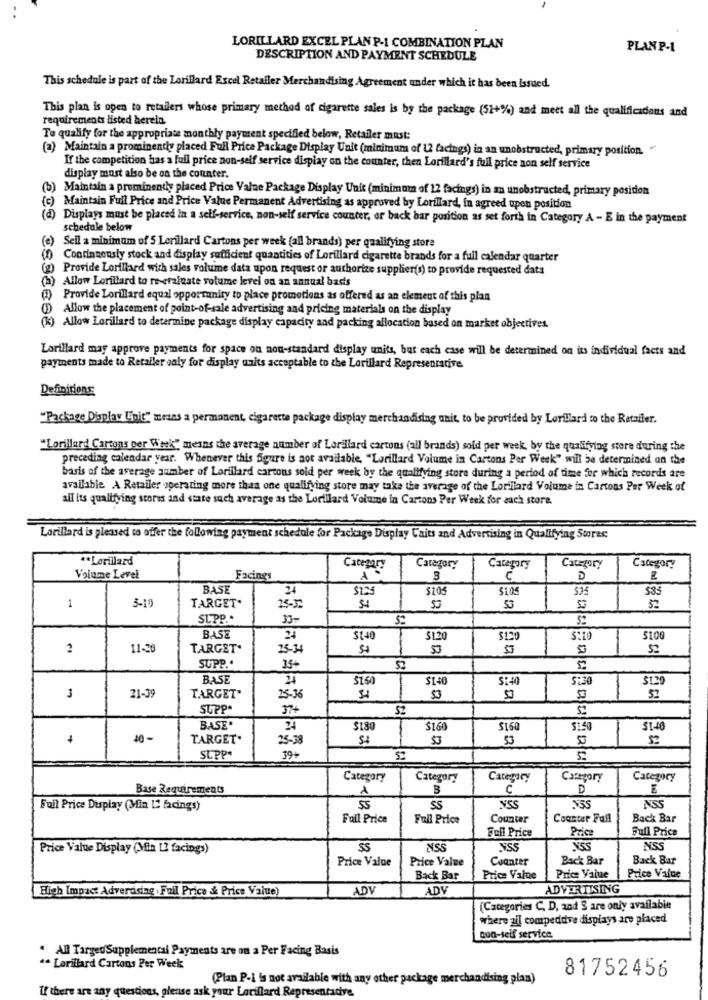
LORILLARD EXCEL PLAN P-1 COMBINATION PLAN
PLAN P-1
DESCRIPTION AND PAYMENT SCHEDULE
This schedule is part of the Lorillard Excel Retailer Merchandising Agreement under which it has been Issued.
This plan is open to retailers whose primary method of cigarette sales is by the package (51+%) and meet all the qualifications and
requirements listed herein.
To qualify for the appropriate monthly payment specified below, Retailer must:
(a) Maintain a prominently placed Full Price Package Display Unit (minimum of 12 facings) in an unobstructed, primary position. "
If the competition has a full price non-self service display on the counter, then Lorillard's full price non self service
display must also be on the counter.
(b) Maintain a prominenthy placed Price Valne Package Display Unit (minimum of 12 facings) in an unobstructed, primary position
(c) Maintain Full Price and Price Value Permanent Advertising as approved by Lorillard, in agreed upon position
(d) Displays must be placed in a self-service, non-self service counter, or back bar position as set forth in Category A - E in the payment
schedule below
(e) Seil a minimum of 5 Lorillard Cartons per week (all brands) per qualifying store
(f) Continuously stock and display sufficient quantities of Lorillard cigarette brands for a full calendar quarter
(g) Provide Lorillard with sales volume data upon request or authorize supplier(s) to provide requested data
(h) Allow Lorillard to re-eraluate volume level on an annual basis
Provide Lorillard equal opportunity to piace promotions as offered as an element of this plan
Allow the placement of point-of-sale advertising and pricing materials on the display
(k) Allow Lorillard to determine package display capacity and packing allocation based on market objectives.
Lorillard may approve payments for space ou non-standard display units, but each case will be determined on its individual facts and
payments made to Retailer only for display units acceptable to the Lorillard Representative
Definitions:
"Package Display Unit" means a permanent, cigarette package display merchandising unit, to be provided by Lorillard to the Retailer.
"Lorillard Cartons per Week" means the average number of Lorillard cartons (all brands) sold per week, by the qualifying store during the
preceding calendar year. Whenever this figure is not available, "Lorillard Volume in Cartons Per Week" will be determined on the
basis of the average number of Lorillard cartons sold per week by the qualifying store during a period of time for which records are
available A Retailer operating more than one qualifying store may take the average of the Lorillard Volume in Cartons Per Week of
all its qualifying stores and state such average as the Lorillard Volume in Cartons Per Week for each store.
Lorillard is pleased to offer the following payment schedule for Package Display Caits and Advertising in Qualifying Stores
** Lorillard
Category
Category
Category
Category
Category
Volume Level
Facings
3
D
BASE
24
$105
535
TARGET.
$125
1
3-10
25-3
53
SUPP ..
BASE
$140
$1.20
5100
11-28
TARGET.
25-34
SUPP ..
35+
57
BASE
21
$16
$140
5:4
$129
3
21-39
TARGET"
25-36
SUPP
37+
BASE
24
$18
$160
S16
$150
$1.40
10-
TARGET.
25-38
53
SUPP*
39+
Category
Category
Category
Category
Category
Base Requirements
1
3
C
D
E
Full Price Display (Min [2 facings)
SS
NSS
NSS
Full Price
Full Price
Counter
Counter Full
Back Bar
Full Price
Price
Full Price
Price Value Display (Min 13 facings)
SS
NSS
Price Value
Price Value
Counter
Back Bar
Back Bar
Back Bar
Price Value
Price Value
Price Value
High Impact Advertising Fuil Price & Price Value)
ADV
ADV
ADVERTISING
(Categories C, D, and § are only available
where all compedidve displays are placed
con-self service.
. All TargedSupplemental Payments are on a Per Facing Basis
" Lorillard Cartons Per Week
81752456
(Plan P-i 'is not available with any other package merchandising plan)
If there are any questions, please ask your Lorillard Representative